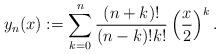
LaTeX: \begin{align*}y_n(x):=\sum_{k=0}^n \frac{(n+k)!}{(n-k)!k!} \left(\frac{x}{2} \right)^k.\end{align*}